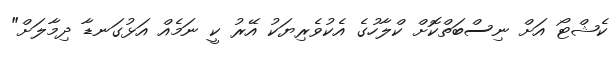
ކެޝްޓޯ އަށް ނިސްބަތްކޮށް ކްލާހުގެ އެކުވެރިޔަކު އޭރު ކީ ނަމެއް އަޅުގަނޑާ ދިމާލަށް"